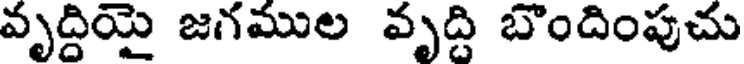
వృద్దియై జగముల వృద్ది బొందింపుచు